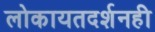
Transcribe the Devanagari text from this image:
लोकायतदर्शनही